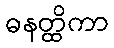
ဓနတ္ထိကာ